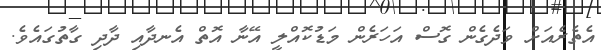
އެތެރެއަށް ވަދެގެން ގޮސް އަހަރެން މަޑުކޮއްލީ އޭނާ އޮތް އެނދާއި ދާދި ގާތުގައެވެ.